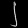
Digit: ၂